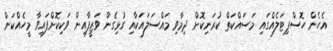
އެހެން ހޮސްޕިޓަލެއްގައި މަސައްކަތް ކުރަނިކޮށް ދިމާވި މައްސަލައަކާއި ގުޅިގެން ވަޒީފާއިން ވަކިކޮށްފައިވާ މީހެއްކަން